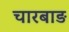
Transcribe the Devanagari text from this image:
चारबाड़